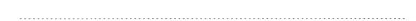
----------------